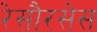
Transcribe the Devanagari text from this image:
रेसौरसेस